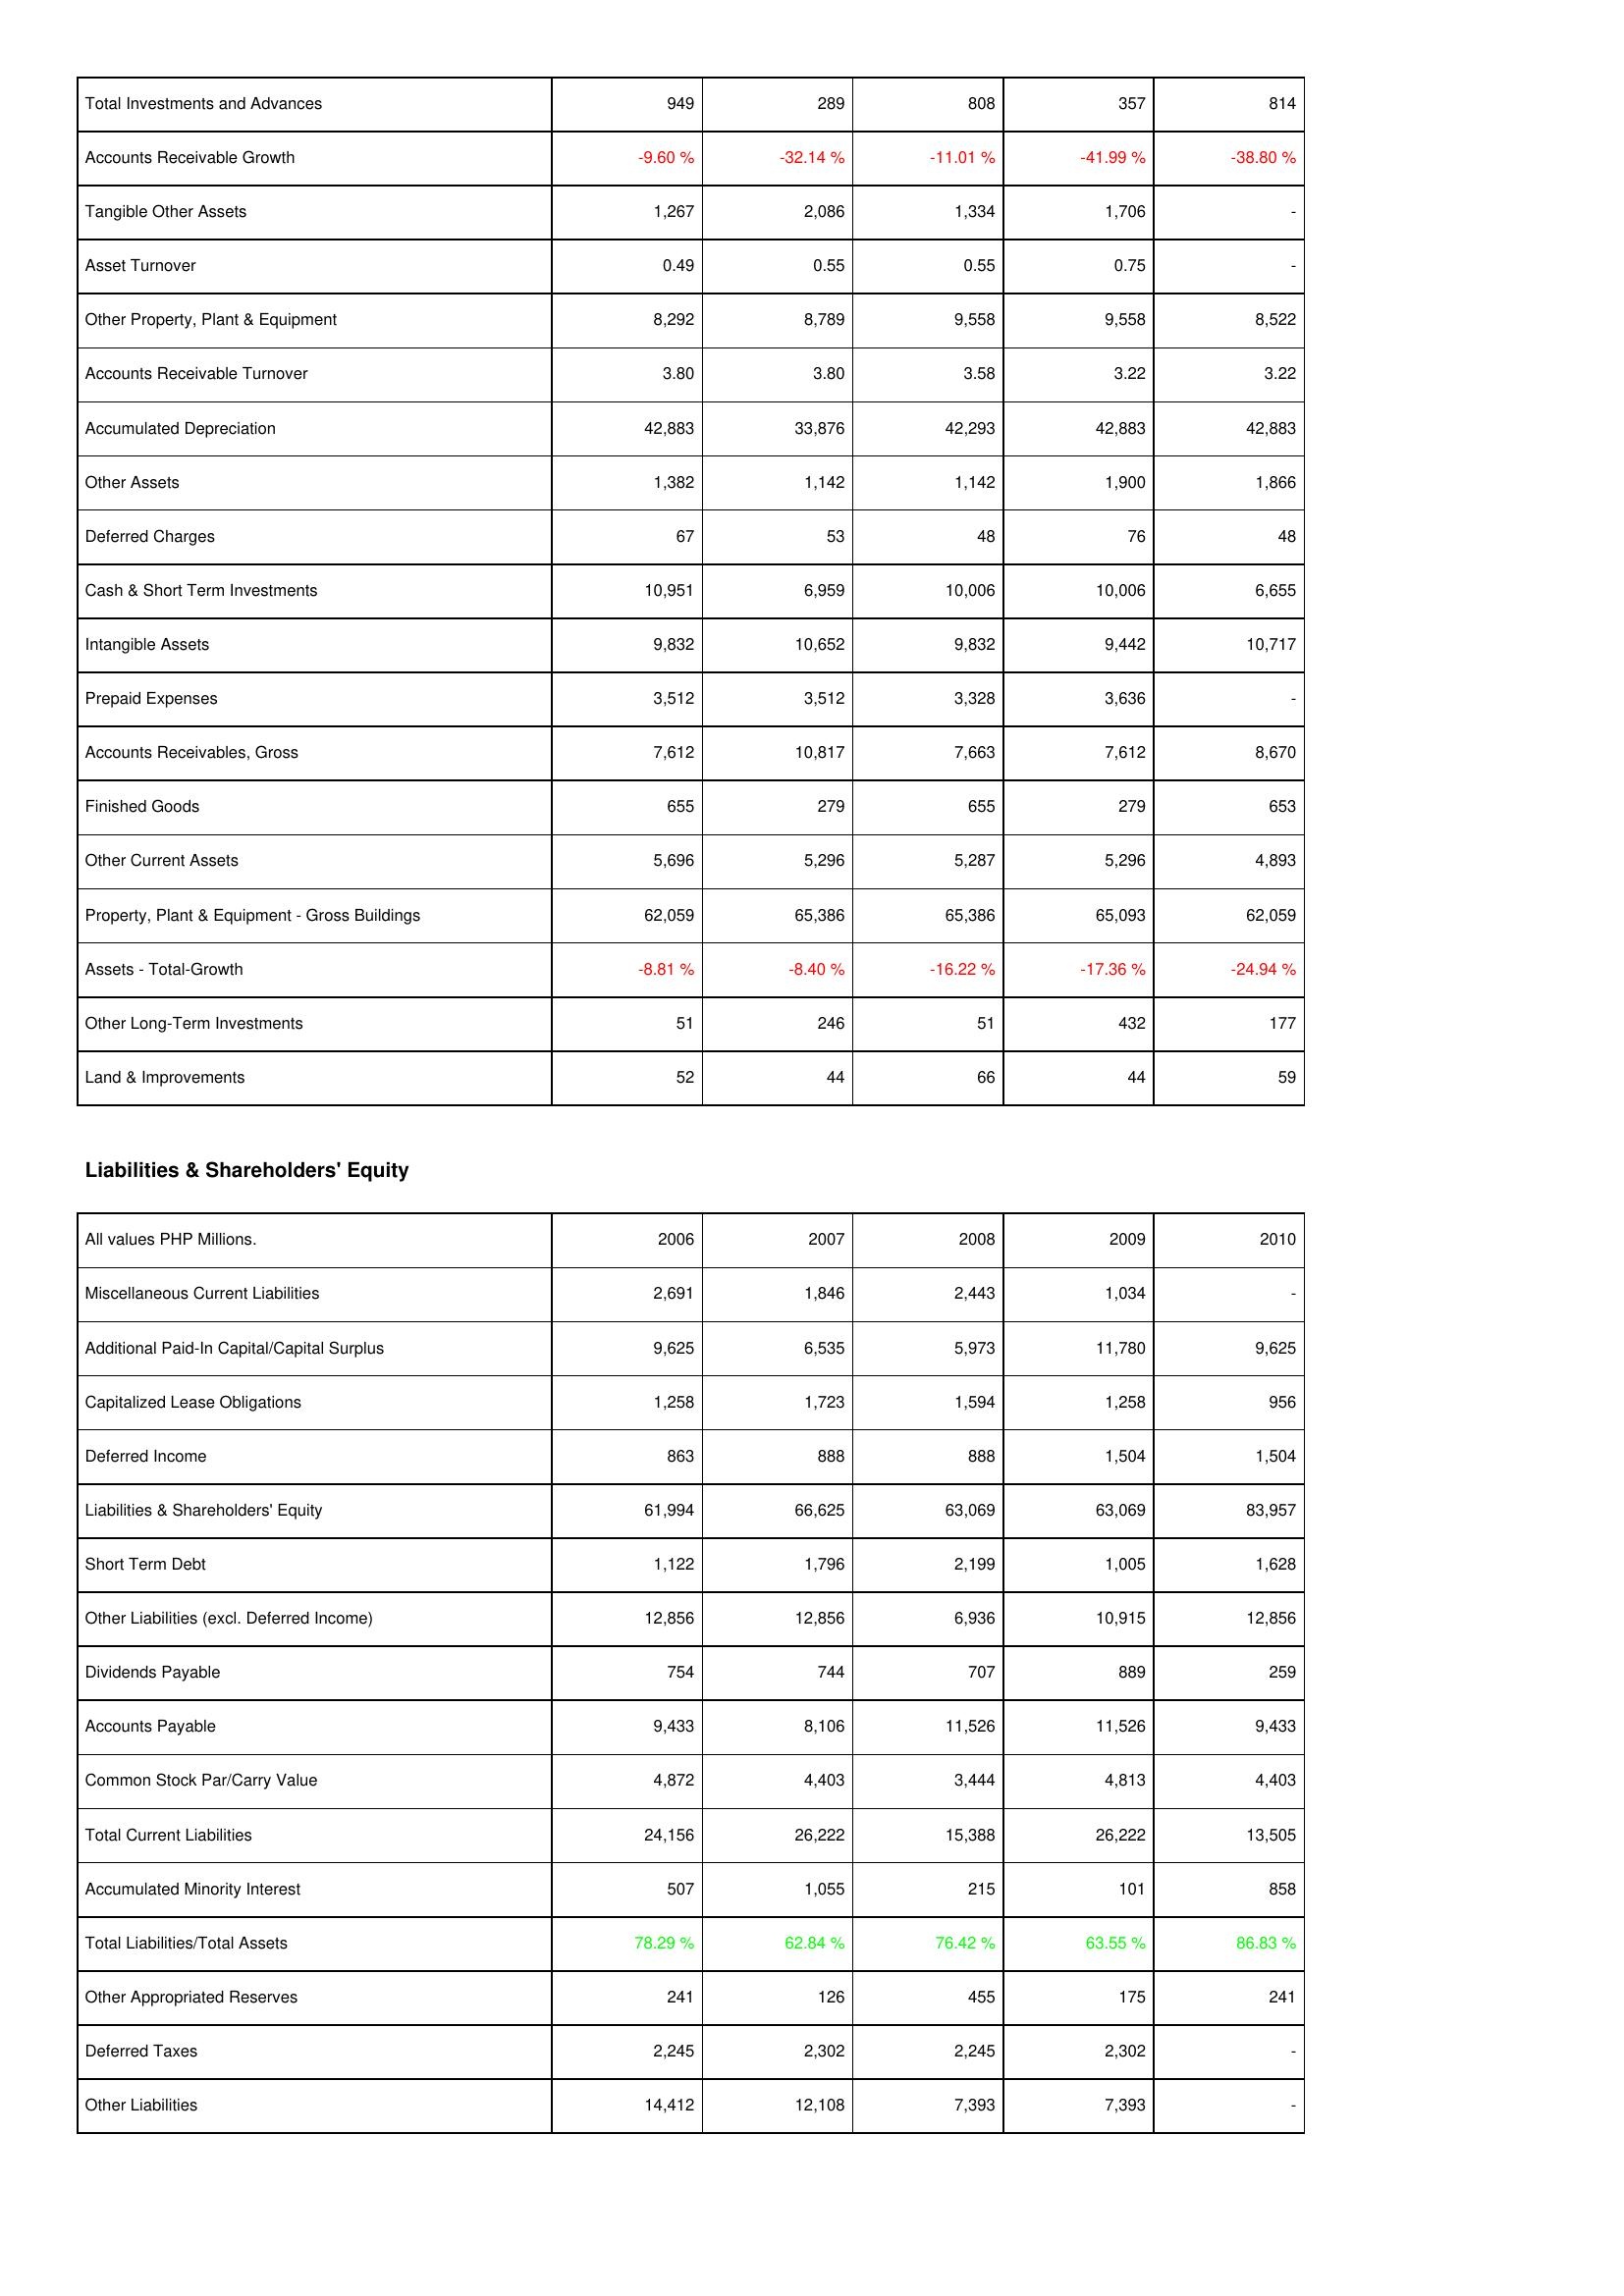
2006: Assets: Total Investments and Advances: 949
Accounts Receivable Growth: -9.60 %
Tangible Other Assets: 1,267
Asset Turnover: 0.49
Other Property, Plant & Equipment: 8,292
Accounts Receivable Turnover: 3.80
Accumulated Depreciation: 42,883
Other Assets: 1,382
Deferred Charges: 67
Cash & Short Term Investments: 10,951
Intangible Assets: 9,832
Prepaid Expenses: 3,512
Accounts Receivables, Gross: 7,612
Finished Goods: 655
Other Current Assets: 5,696
Property, Plant & Equipment - Gross Buildings: 62,059
Assets - Total-Growth: -8.81 %
Other Long-Term Investments: 51
Land & Improvements: 52
Liabilities & Shareholders' Equity: Miscellaneous Current Liabilities: 2,691
Additional Paid-In Capital/Capital Surplus: 9,625
Capitalized Lease Obligations: 1,258
Deferred Income: 863
Liabilities & Shareholders' Equity: 61,994
Short Term Debt: 1,122
Other Liabilities (excl. Deferred Income): 12,856
Dividends Payable: 754
Accounts Payable: 9,433
Common Stock Par/Carry Value: 4,872
Total Current Liabilities: 24,156
Accumulated Minority Interest: 507
Total Liabilities/Total Assets: 78.29 %
Other Appropriated Reserves: 241
Deferred Taxes: 2,245
Other Liabilities: 14,412
2007: Assets: Total Investments and Advances: 289
Accounts Receivable Growth: -32.14 %
Tangible Other Assets: 2,086
Asset Turnover: 0.55
Other Property, Plant & Equipment: 8,789
Accounts Receivable Turnover: 3.80
Accumulated Depreciation: 33,876
Other Assets: 1,142
Deferred Charges: 53
Cash & Short Term Investments: 6,959
Intangible Assets: 10,652
Prepaid Expenses: 3,512
Accounts Receivables, Gross: 10,817
Finished Goods: 279
Other Current Assets: 5,296
Property, Plant & Equipment - Gross Buildings: 65,386
Assets - Total-Growth: -8.40 %
Other Long-Term Investments: 246
Land & Improvements: 44
Liabilities & Shareholders' Equity: Miscellaneous Current Liabilities: 1,846
Additional Paid-In Capital/Capital Surplus: 6,535
Capitalized Lease Obligations: 1,723
Deferred Income: 888
Liabilities & Shareholders' Equity: 66,625
Short Term Debt: 1,796
Other Liabilities (excl. Deferred Income): 12,856
Dividends Payable: 744
Accounts Payable: 8,106
Common Stock Par/Carry Value: 4,403
Total Current Liabilities: 26,222
Accumulated Minority Interest: 1,055
Total Liabilities/Total Assets: 62.84 %
Other Appropriated Reserves: 126
Deferred Taxes: 2,302
Other Liabilities: 12,108
2008: Assets: Total Investments and Advances: 808
Accounts Receivable Growth: -11.01 %
Tangible Other Assets: 1,334
Asset Turnover: 0.55
Other Property, Plant & Equipment: 9,558
Accounts Receivable Turnover: 3.58
Accumulated Depreciation: 42,293
Other Assets: 1,142
Deferred Charges: 48
Cash & Short Term Investments: 10,006
Intangible Assets: 9,832
Prepaid Expenses: 3,328
Accounts Receivables, Gross: 7,663
Finished Goods: 655
Other Current Assets: 5,287
Property, Plant & Equipment - Gross Buildings: 65,386
Assets - Total-Growth: -16.22 %
Other Long-Term Investments: 51
Land & Improvements: 66
Liabilities & Shareholders' Equity: Miscellaneous Current Liabilities: 2,443
Additional Paid-In Capital/Capital Surplus: 5,973
Capitalized Lease Obligations: 1,594
Deferred Income: 888
Liabilities & Shareholders' Equity: 63,069
Short Term Debt: 2,199
Other Liabilities (excl. Deferred Income): 6,936
Dividends Payable: 707
Accounts Payable: 11,526
Common Stock Par/Carry Value: 3,444
Total Current Liabilities: 15,388
Accumulated Minority Interest: 215
Total Liabilities/Total Assets: 76.42 %
Other Appropriated Reserves: 455
Deferred Taxes: 2,245
Other Liabilities: 7,393
2009: Assets: Total Investments and Advances: 357
Accounts Receivable Growth: -41.99 %
Tangible Other Assets: 1,706
Asset Turnover: 0.75
Other Property, Plant & Equipment: 9,558
Accounts Receivable Turnover: 3.22
Accumulated Depreciation: 42,883
Other Assets: 1,900
Deferred Charges: 76
Cash & Short Term Investments: 10,006
Intangible Assets: 9,442
Prepaid Expenses: 3,636
Accounts Receivables, Gross: 7,612
Finished Goods: 279
Other Current Assets: 5,296
Property, Plant & Equipment - Gross Buildings: 65,093
Assets - Total-Growth: -17.36 %
Other Long-Term Investments: 432
Land & Improvements: 44
Liabilities & Shareholders' Equity: Miscellaneous Current Liabilities: 1,034
Additional Paid-In Capital/Capital Surplus: 11,780
Capitalized Lease Obligations: 1,258
Deferred Income: 1,504
Liabilities & Shareholders' Equity: 63,069
Short Term Debt: 1,005
Other Liabilities (excl. Deferred Income): 10,915
Dividends Payable: 889
Accounts Payable: 11,526
Common Stock Par/Carry Value: 4,813
Total Current Liabilities: 26,222
Accumulated Minority Interest: 101
Total Liabilities/Total Assets: 63.55 %
Other Appropriated Reserves: 175
Deferred Taxes: 2,302
Other Liabilities: 7,393
2010: Assets: Total Investments and Advances: 814
Accounts Receivable Growth: -38.80 %
Tangible Other Assets: -
Asset Turnover: -
Other Property, Plant & Equipment: 8,522
Accounts Receivable Turnover: 3.22
Accumulated Depreciation: 42,883
Other Assets: 1,866
Deferred Charges: 48
Cash & Short Term Investments: 6,655
Intangible Assets: 10,717
Prepaid Expenses: -
Accounts Receivables, Gross: 8,670
Finished Goods: 653
Other Current Assets: 4,893
Property, Plant & Equipment - Gross Buildings: 62,059
Assets - Total-Growth: -24.94 %
Other Long-Term Investments: 177
Land & Improvements: 59
Liabilities & Shareholders' Equity: Miscellaneous Current Liabilities: -
Additional Paid-In Capital/Capital Surplus: 9,625
Capitalized Lease Obligations: 956
Deferred Income: 1,504
Liabilities & Shareholders' Equity: 83,957
Short Term Debt: 1,628
Other Liabilities (excl. Deferred Income): 12,856
Dividends Payable: 259
Accounts Payable: 9,433
Common Stock Par/Carry Value: 4,403
Total Current Liabilities: 13,505
Accumulated Minority Interest: 858
Total Liabilities/Total Assets: 86.83 %
Other Appropriated Reserves: 241
Deferred Taxes: -
Other Liabilities: -